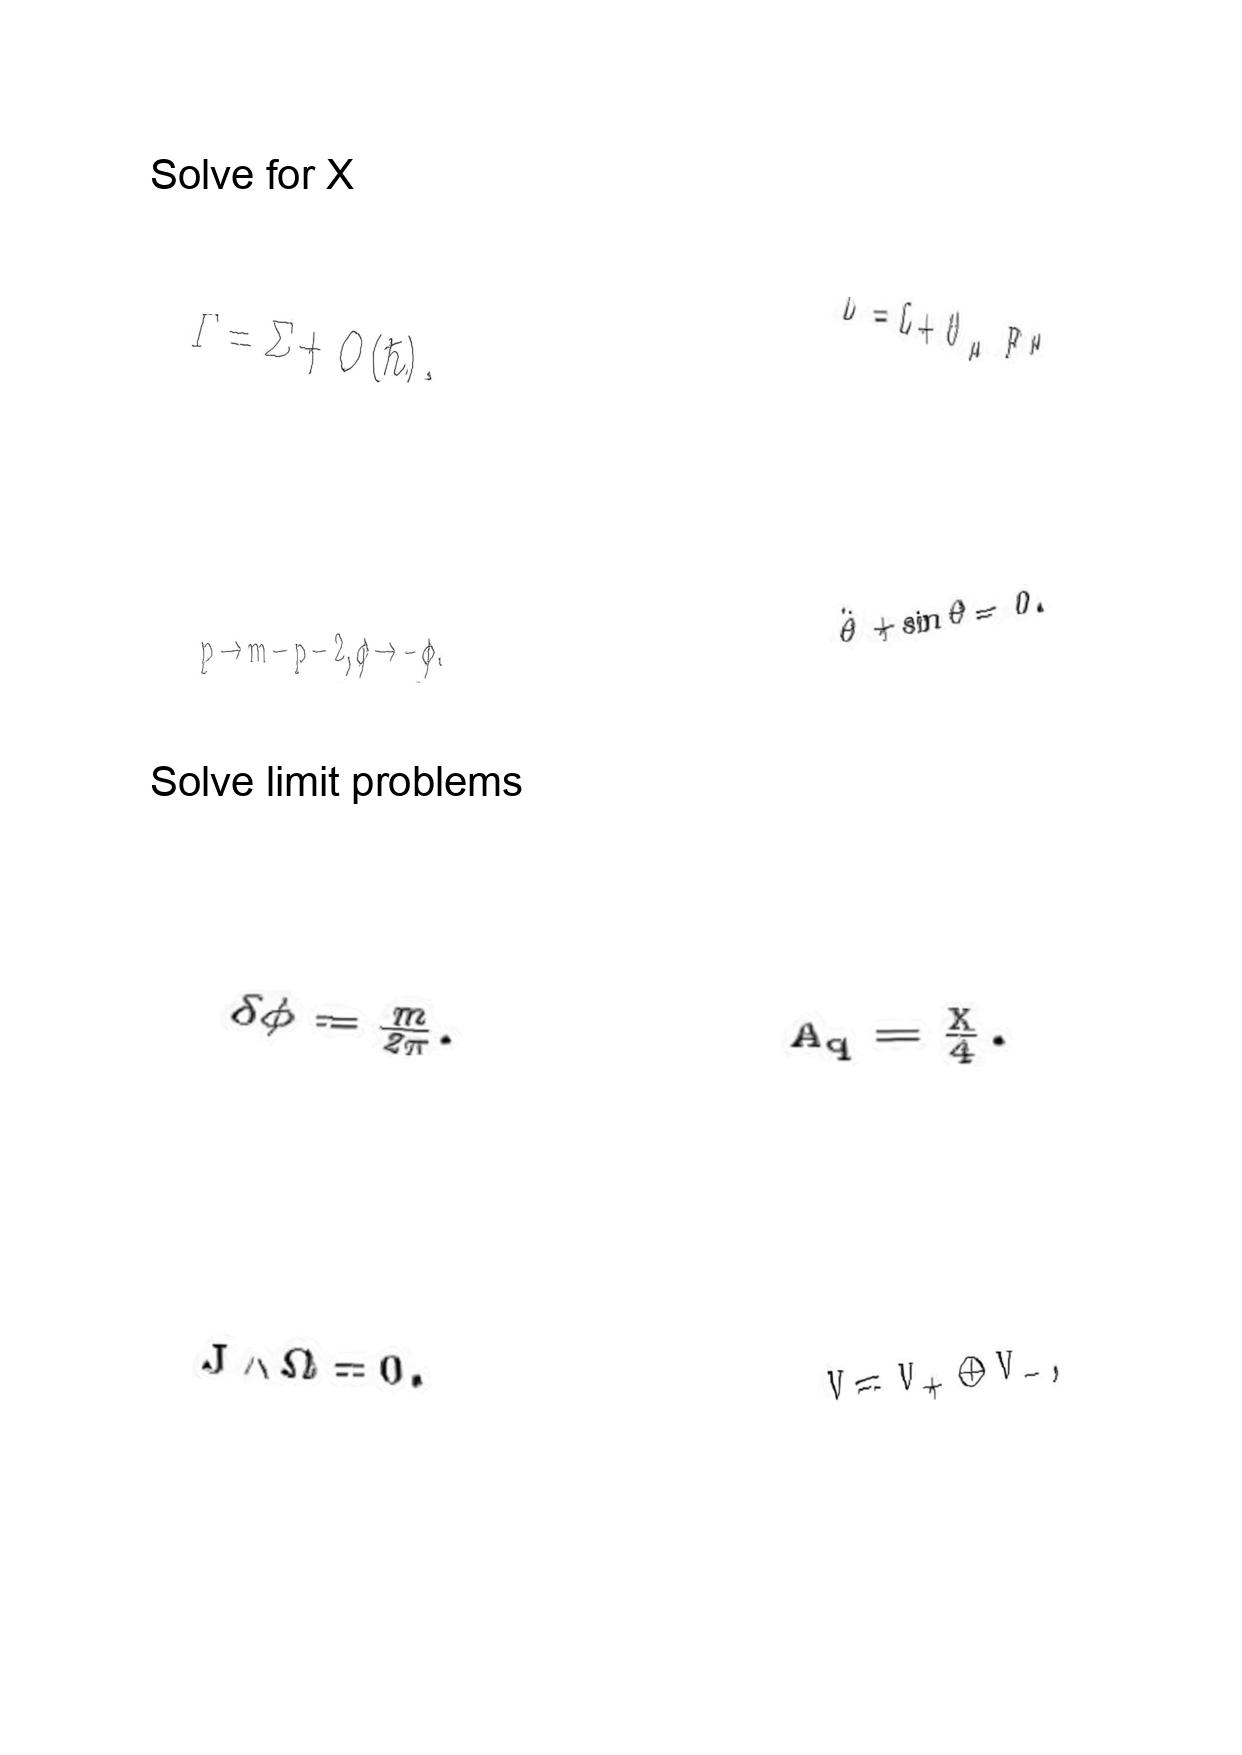
LaTeX transcription:
\Gamma = \Sigma + O \lparen \hbar \rparen ,
p \to m - p - 2 , \phi \to - \phi .
\delta \phi = \frac { m } { 2 \pi } .
J \wedge \Omega = 0 .
\bar { L } = L + \partial _ { \mu } F ^ { \mu } ,
\ddot { \theta } + \sin \theta = 0 .
A _ { q } = \frac { X } { 4 } .
V = V _ { + } \oplus V _ { - } ,